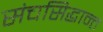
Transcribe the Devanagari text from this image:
संचसिद्धान्त